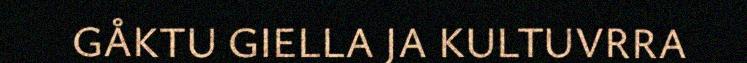
GÅKTU GIELLA JA KULTUVRRA